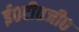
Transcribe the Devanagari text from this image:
ई०टी०जी०